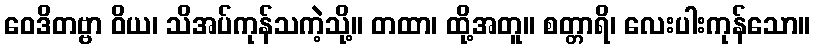
ဝေဒိတဗ္ဗာ ဝိယ၊ သိအပ်ကုန်သကဲ့သို့။ တထာ၊ ထို့အတူ။ စတ္တာရိ၊ လေးပါးကုန်သော။